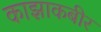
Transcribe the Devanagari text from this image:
काझाकबीर